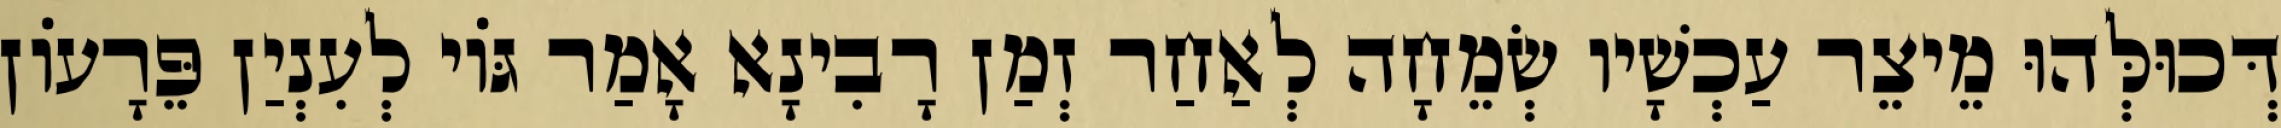
דְּכוּלְּהוּ מֵיצֵר עַכְשָׁיו שְׂמֵחָה לְאַחַר זְמַן רָבִינָא אָמַר גּוֹי לְעִנְיַן פֵּרָעוֹן